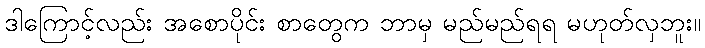
ဒါကြောင့်လည်း အစောပိုင်း စာတွေက ဘာမှ မည်မည်ရရ မဟုတ်လှဘူး။